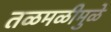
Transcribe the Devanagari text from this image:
तळमळीमुळे